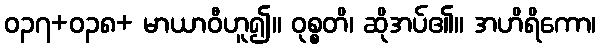
ဝ၃၇+၀၃၈+ မာယာဝီဟူ၍။ ဝုစ္စတိ၊ ဆိုအပ်၏။ အဟိရိကော၊